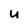
Character: u